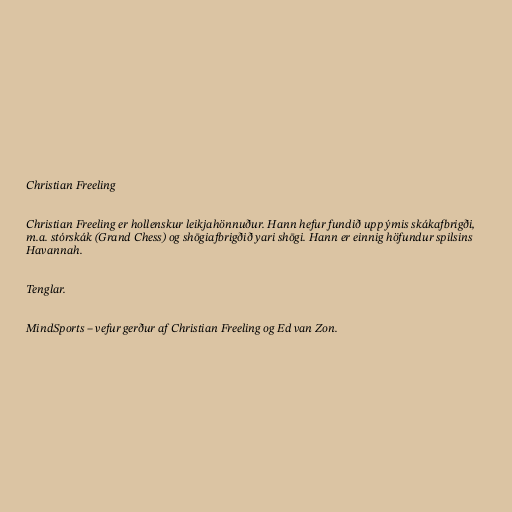
Christian Freeling

Christian Freeling er hollenskur leikjahönnuður. Hann hefur fundið upp ýmis skákafbrigði,
m.a. stórskák (Grand Chess) og shōgiafbrigðið yari shōgi. Hann er einnig höfundur spilsins
Havannah.

Tenglar.

MindSports – vefur gerður af Christian Freeling og Ed van Zon.